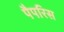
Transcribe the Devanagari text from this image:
पैपरिस